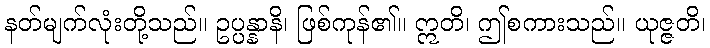
နတ်မျက်လုံးတို့သည်။ ဥပ္ပန္နာနိ၊ ဖြစ်ကုန်၏။ ဣတိ၊ ဤစကားသည်။ ယုဇ္ဇတိ၊